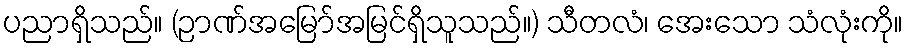
ပညာရှိသည်။ (ဉာဏ်အမြော်အမြင်ရှိသူသည်။) သီတလံ၊ အေးသော သံလုံးကို။